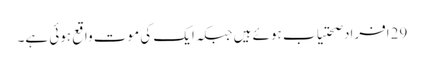
29اَفراد صحتیاب ہوئے ہیں جبکہ ایک کی موت واقع ہوئی ہے۔